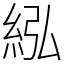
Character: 紭